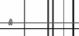
٥